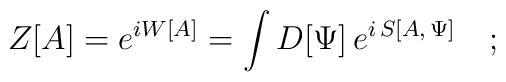
Z[A] = e^{i W[A]} = \int D[\Psi] \, e^{i \, S[A, \, \Psi]} \quad ;